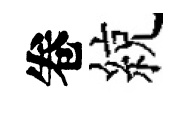
卷綂